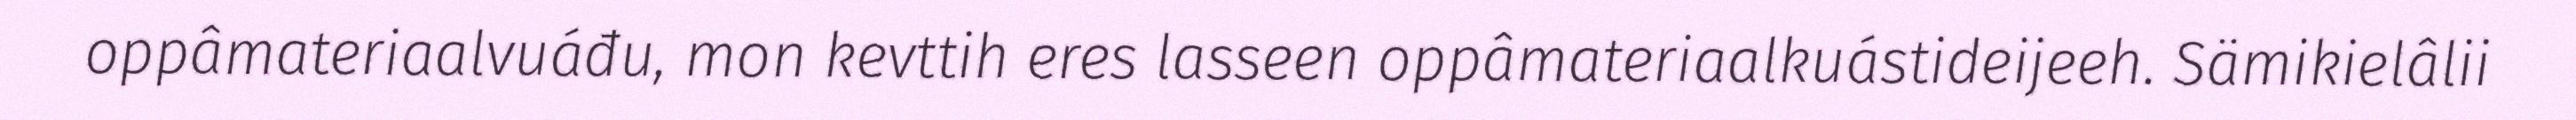
oppâmateriaalvuáđu, mon kevttih eres lasseen oppâmateriaalkuástideijeeh. Sämikielâlii